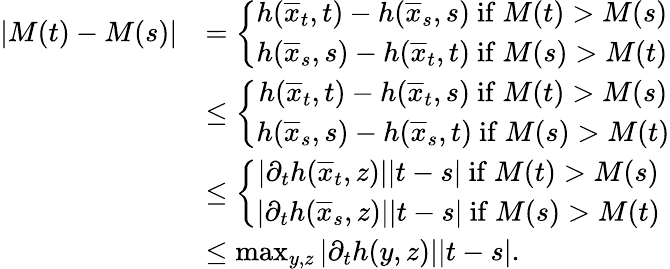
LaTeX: \begin{array}{rl}{\left|M(t)-M(s)\right|}&{=\left\{ \begin{array}{cc}{h(\overline{{x}}_{t},t)-h(\overline{{x}}_{s},s)\mathrm{~if~}M(t)>M(s)}\\ {h(\overline{{x}}_{s},s)-h(\overline{{x}}_{t},t)\mathrm{~if~}M(s)>M(t)}\end{array}\right.}\\ &{\leq\left\{ \begin{array}{cc}{h(\overline{{x}}_{t},t)-h(\overline{{x}}_{t},s)\mathrm{~if~}M(t)>M(s)}\\ {h(\overline{{x}}_{s},s)-h(\overline{{x}}_{s},t)\mathrm{~if~}M(s)>M(t)}\end{array}\right.}\\ &{\leq\left\{ \begin{array}{cc}{|\partial_{t}h(\overline{{x}}_{t},z)||t-s|\mathrm{~if~}M(t)>M(s)}\\ {|\partial_{t}h(\overline{{x}}_{s},z)||t-s|\mathrm{~if~}M(s)>M(t)}\end{array}\right.}\\ &{\leq\operatorname*{max}_{y,z}|\partial_{t}h(y,z)||t-s|.}\end{array}